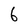
Character: 6